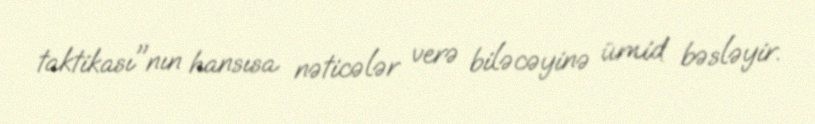
taktikası"nın hansısa nəticələr verə biləcəyinə ümid bəsləyir.